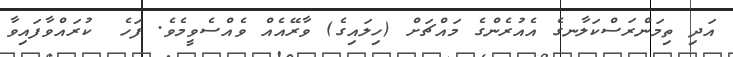
އަދި ތިމަންރަސްކަލާނގެ އެއުރެންގެ މައްޗަށް (ހިލައިގެ) ވާރޭއެއް ވެއްސެވީމެވެ. ފަހެ  ކުރައްވާފައިވާ